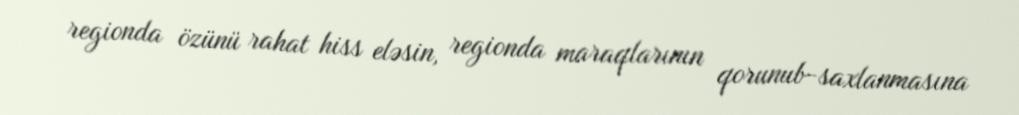
regionda özünü rahat hiss eləsin, regionda maraqlarının qorunub-saxlanmasına